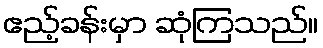
ဧည့်ခန်းမှာ ဆုံကြသည်။